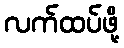
လက်ထပ်ဖို့